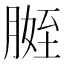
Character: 𱼒